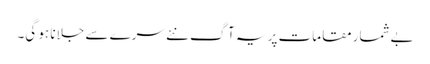
بےشمار مقامات پر یہ آگ نئے سرے سے جلانا ہو گی۔